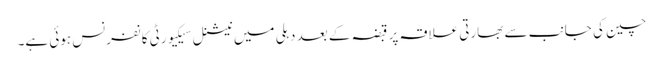
چین کی جانب سے بھارتی علاقہ پر قبضہ کے بعد دہلی میں نیشنل سیکیورٹی کانفرنس ہوئی ہے۔